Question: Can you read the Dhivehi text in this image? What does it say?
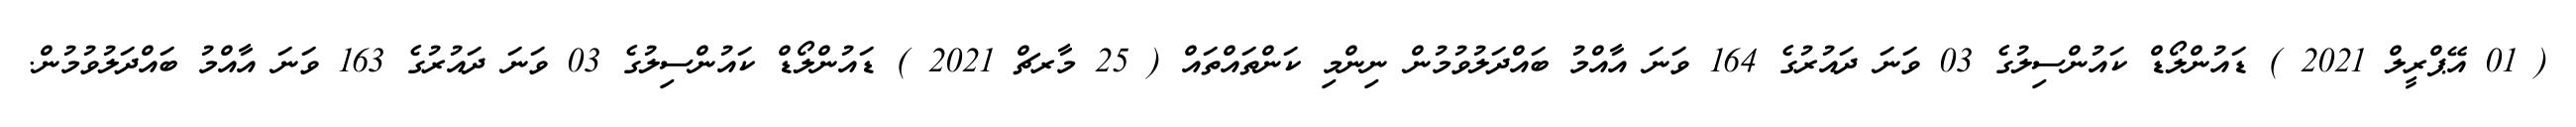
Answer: ( 01 އޭޕްރީލް 2021 ) ޑައުންލޯޑް ކައުންސިލުގެ 03 ވަނަ ދައުރުގެ 164 ވަނަ އާއްމު ބައްދަލުވުމުން ނިންމި ކަންތައްތައް ( 25 މާރޗް 2021 ) ޑައުންލޯޑް ކައުންސިލުގެ 03 ވަނަ ދައުރުގެ 163 ވަނަ އާއްމު ބައްދަލުވުމުން.